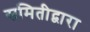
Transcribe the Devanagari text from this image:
समितीद्वारा